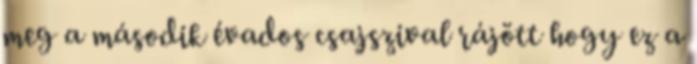
meg a második évados csajszival rájött hogy ez a